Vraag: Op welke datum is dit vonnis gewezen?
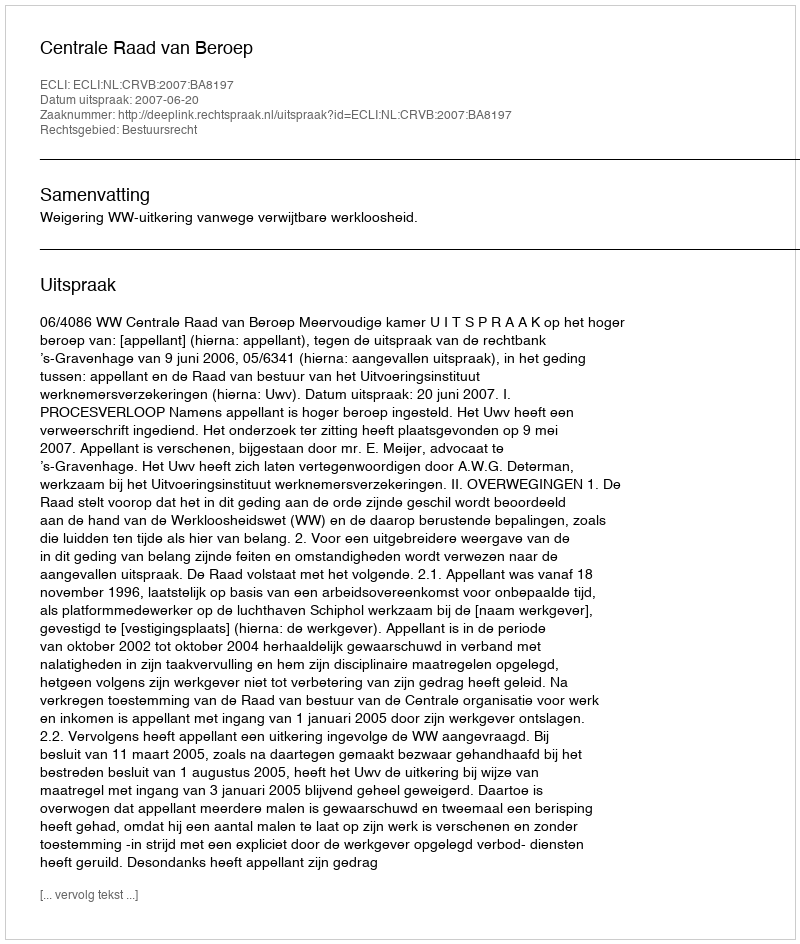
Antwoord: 2007-06-20